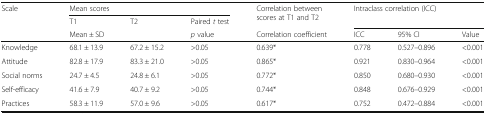
| <ROWSPAN=3> Scale | <COLSPAN=3> Mean scores | <ROWSPAN=2> Correlation between scores at T1 and T2 | <ROWSPAN=2-COLSPAN=3> Intraclass correlation (ICC) |
 | T1 | T2 | Paired t test |
 | <COLSPAN=2> Mean ± SD | p value | Correlation coefficient | ICC | 95% CI | Value |
 | --- | --- | --- | --- | --- | --- | --- | --- |
 | Knowledge | 68.1 ± 13.9 | 67.2 ± 15.2 | >0.05 | 0.639* | 0.778 | 0.527–0.896 | <0.001 |
 | Attitude | 82.8 ± 17.9 | 83.3 ± 21.0 | >0.05 | 0.865* | 0.921 | 0.830–0.964 | <0.001 |
 | Social norms | 24.7 ± 4.5 | 24.8 ± 6.1 | >0.05 | 0.772* | 0.850 | 0.680–0.930 | <0.001 |
 | Self-efficacy | 41.6 ± 7.9 | 40.7 ± 9.2 | >0.05 | 0.744* | 0.848 | 0.676–0.929 | <0.001 |
 | Practices | 58.3 ± 11.9 | 57.0 ± 9.6 | >0.05 | 0.617* | 0.752 | 0.472–0.884 | <0.001 |